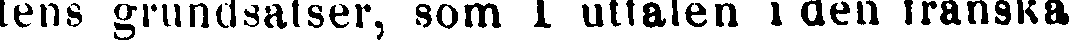
tens grundsatser, som I uttalen i den franska